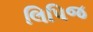
લિપિજ